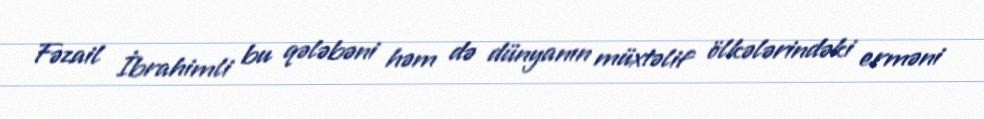
Fəzail İbrahimli bu qələbəni həm də dünyanın müxtəlif ölkələrindəki erməni